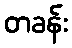
တခန်း